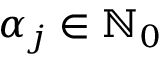
\alpha _ { j } \in \ensuremath { \mathbb { N } } _ { 0 }